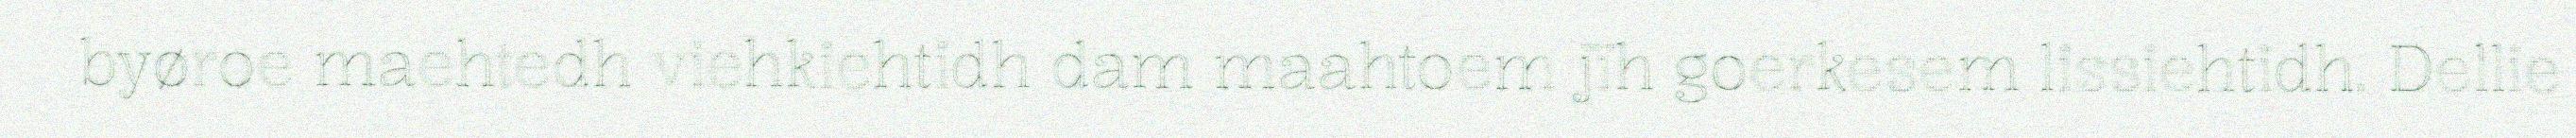
byøroe maehtedh viehkiehtidh dam maahtoem jïh goerkesem lissiehtidh. Dellie